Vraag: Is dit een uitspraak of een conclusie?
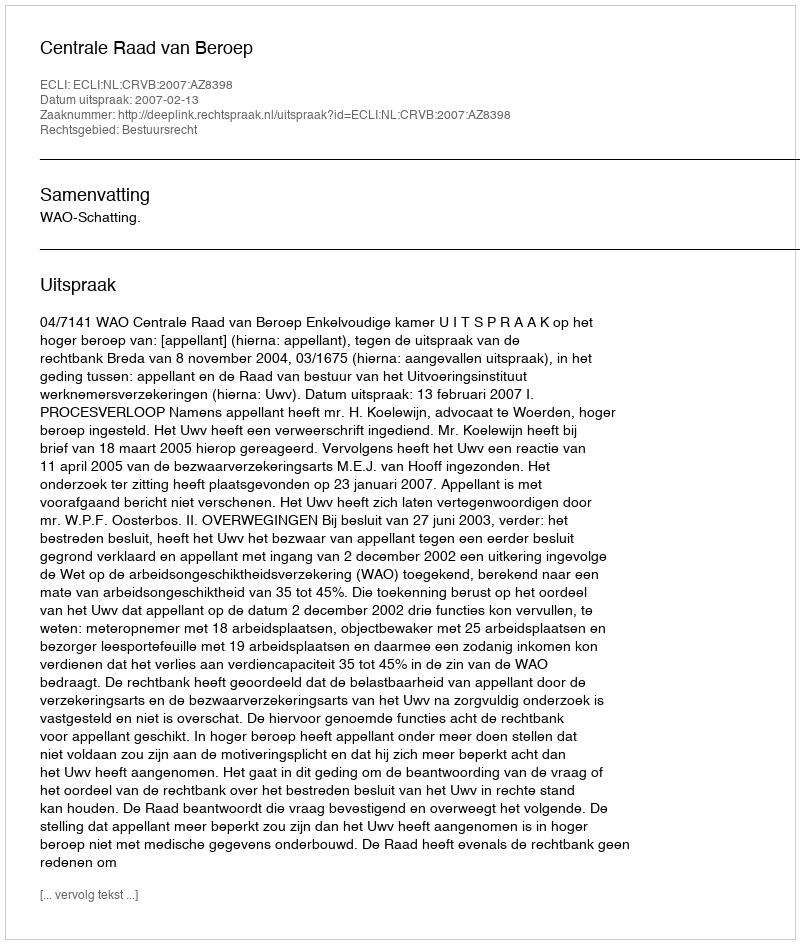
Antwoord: Uitspraak